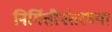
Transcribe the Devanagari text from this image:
निर्मितीनंतरच्‍या